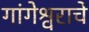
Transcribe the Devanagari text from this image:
गांगेश्वराचे